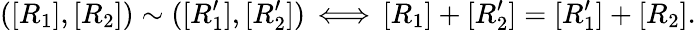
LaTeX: ([R_{1}],[R_{2}])\sim([R_{1}^{\prime}],[R_{2}^{\prime}])\, \Longleftrightarrow\, [R_{1}]+[R_{2}^{\prime}]=[R_{1}^{\prime}]+[R_{2}].